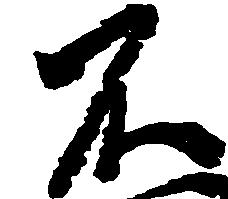
不